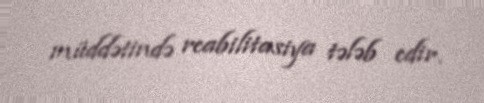
müddətində reabilitasiya tələb edir.